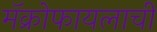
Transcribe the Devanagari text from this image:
मॅक्रोफायलाची